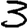
Digit: 3